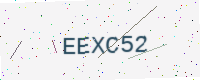
Text: EEXC52